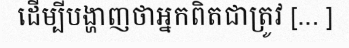
ដើម្បីបង្ហាញថាអ្នកពិតជាត្រូវ [... ]